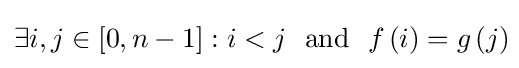
\exists i,j\in \left[0,n-1\right]:i<j~~{\textrm {and}}~~f\left(i\right)=g\left(j\right)\!